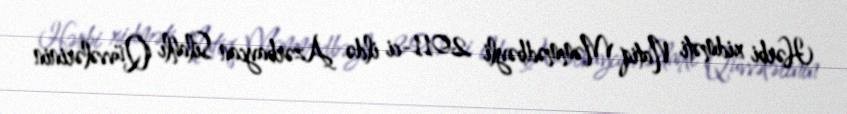
Hərbi xidməti Natiq Məmmədbəyli 2011-ci ildə Azərbaycan Silahlı Qüvvələrinin